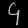
Digit: ၄